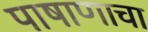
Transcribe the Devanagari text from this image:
पाषाणाचा